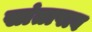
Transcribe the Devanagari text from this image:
सांतापाव